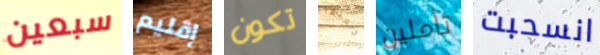
سبعين إقليم تكون اجعلها تأملين انسحبت